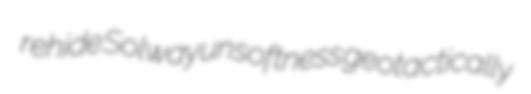
rehide Solway unsoftness geotactically